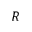
R